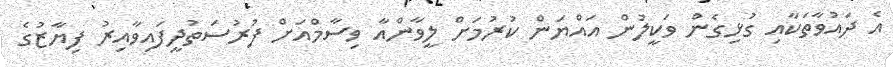
އެ ދައުވާތަކާއި ގުޅިގެން ވަކީލުން އައްޔަން ކުރުމަށް ލީވާންއާ ވިސާމްއަށް ފުރުސަތުދީފައިވާއިރު ފިޔާޒުގެ